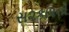
સ૨કા૨નો